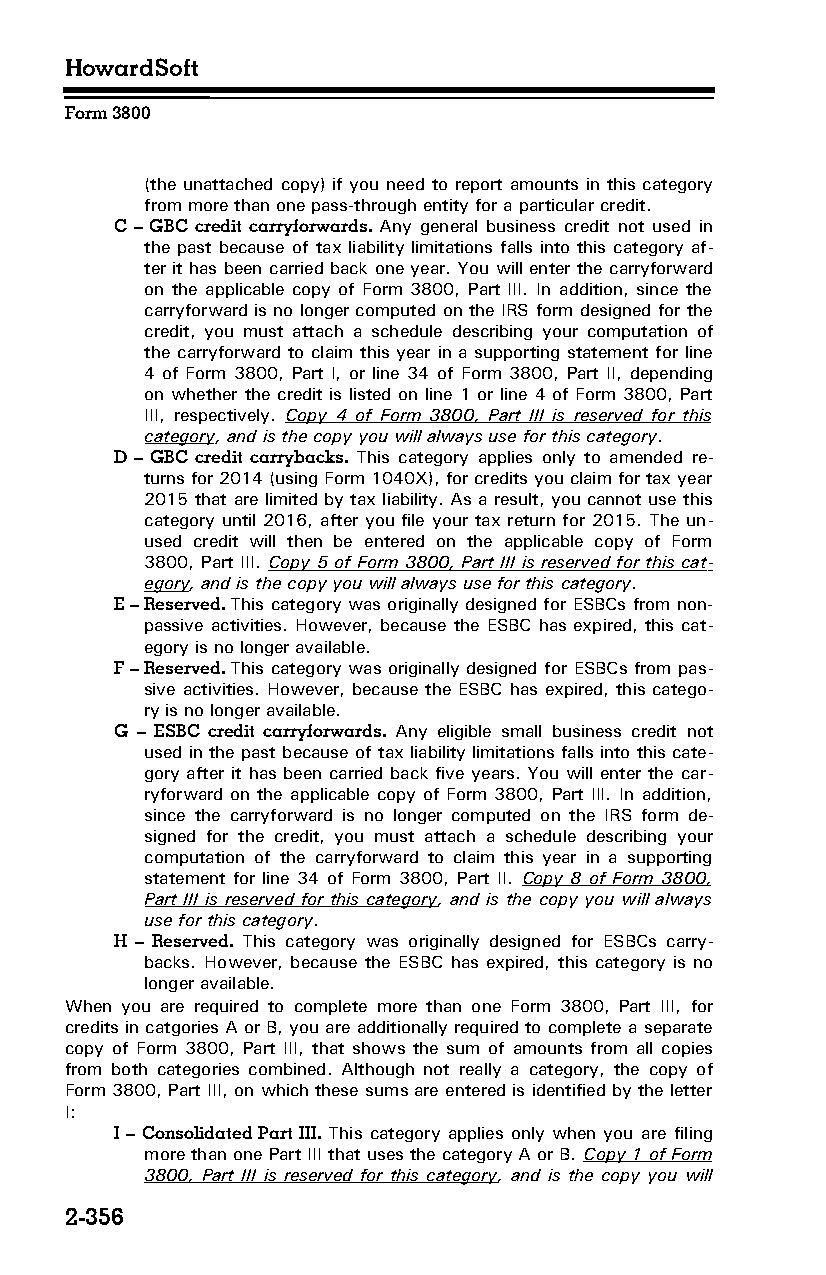
HowardSoft
 Form 3800
 (the unattached copy) if you need to report amounts in this category
 from more than one pass-through entity for a particular credit.
 C – GBC credit carryforwards. Any general business credit not used in
 the past because of tax liability limitations falls into this category af­
 ter it has been carried back one year. You will enter the carryforward
 on the applicable copy of Form 3800, Part III. In addition, since the
 carryforward is no longer computed on the IRS form designed for the
 credit, you must attach a schedule describing your computation of
 the carryforward to claim this year in a supporting statement for line
 4 of Form 3800, Part I, or line 34 of Form 3800, Part II, depending
 on whether the credit is listed on line 1 or line 4 of Form 3800, Part
 III, respectively. Copy 4 of Form 3800, Part III is reserved for this
 category, and is the copy you will always use for this category.
 D – GBC credit carrybacks. This category applies only to amended re­
 turns for 2014 (using Form 1040X), for credits you claim for tax year
 2015 that are limited by tax liability. As a result, you cannot use this
 category until 2016, after you file your tax return for 2015. The un­
 used credit will then be entered on the applicable copy of Form
 3800, Part III. Copy 5 of Form 3800, Part III is reserved for this cat­
 egory, and is the copy you will always use for this category.
 E – Reserved. This category was originally designed for ESBCs from non-
 passive activities. However, because the ESBC has expired, this cat­
 egory is no longer available.
 F – Reserved. This category was originally designed for ESBCs from pas­
 sive activities. However, because the ESBC has expired, this catego­
 ry is no longer available.
 G – ESBC credit carryforwards. Any eligible small business credit not
 used in the past because of tax liability limitations falls into this cate­
 gory after it has been carried back five years. You will enter the car­
 ryforward on the applicable copy of Form 3800, Part III. In addition,
 since the carryforward is no longer computed on the IRS form de­
 signed for the credit, you must attach a schedule describing your
 computation of the carryforward to claim this year in a supporting
 statement for line 34 of Form 3800, Part II. Copy 8 of Form 3800,
 Part III is reserved for this category, and is the copy you will always
 use for this category.
 H – Reserved. This category was originally designed for ESBCs carry­
 backs. However, because the ESBC has expired, this category is no
 longer available.
 When you are required to complete more than one Form 3800, Part III, for
 credits in catgories A or B, you are additionally required to complete a separate
 copy of Form 3800, Part III, that shows the sum of amounts from all copies
 from both categories combined. Although not really a category, the copy of
 Form 3800, Part III, on which these sums are entered is identified by the letter
 I:
 I – Consolidated Part III. This category applies only when you are filing
 more than one Part III that uses the category A or B. Copy 1 of Form
 3800, Part III is reserved for this category, and is the copy you will
 2-356